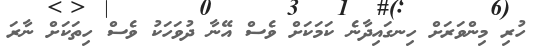
ހުރި މިންވަރަށް ހިނގައިދާނެ ކަމަކަށް ވެސް އޭނާ ދުވަހަކު ވެސް ހިތަކަށް ނާރަ